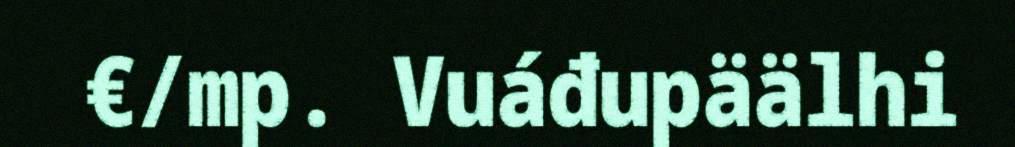
€/mp. Vuáđupäälhi